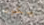
يكون